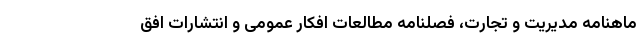
ماهنامه مدیریت و تجارت، فصلنامه مطالعات افکار عمومی و انتشارات افق